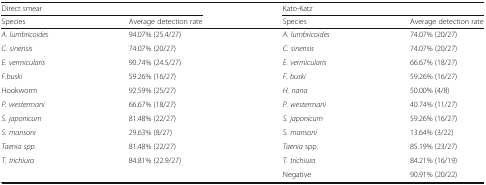
<table><thead><tr><td colspan="2"><b>Direct smear</b></td><td colspan="2"><b>Kato-Katz</b></td></tr><tr><td><b>Species</b></td><td><b>Average detection rate</b></td><td><b>Species</b></td><td><b>Average detection rate</b></td></tr></thead><tbody><tr><td><i>A. lumbricoides</i></td><td>94.07% (25.4/27)</td><td><i>A. lumbricoides</i></td><td>74.07% (20/27)</td></tr><tr><td><i>C. sinensis</i></td><td>74.07% (20/27)</td><td><i>C. sinensis</i></td><td>74.07% (20/27)</td></tr><tr><td><i>E. vermicularis</i></td><td>90.74% (24.5/27)</td><td><i>E. vermicularis</i></td><td>66.67% (18/27)</td></tr><tr><td><i>F.buski</i></td><td>59.26% (16/27)</td><td><i>F. buski</i></td><td>59.26% (16/27)</td></tr><tr><td>Hookworm</td><td>92.59% (25/27)</td><td><i>H. nana</i></td><td>50.00% (4/8)</td></tr><tr><td><i>P. westermani</i></td><td>66.67% (18/27)</td><td><i>P. westermani</i></td><td>40.74% (11/27)</td></tr><tr><td><i>S. japonicum</i></td><td>81.48% (22/27)</td><td><i>S. japonicum</i></td><td>59.26% (16/27)</td></tr><tr><td><i>S. mansoni</i></td><td>29.63% (8/27)</td><td><i>S. mansoni</i></td><td>13.64% (3/22)</td></tr><tr><td><i>Taenia spp.</i></td><td>81.48% (22/27)</td><td><i>Taenia</i> spp.</td><td>85.19% (23/27)</td></tr><tr><td><i>T. trichiura</i></td><td>84.81% (22.9/27)</td><td><i>T. trichiura</i></td><td>84.21% (16/19)</td></tr><tr><td></td><td></td><td>Negative</td><td>90.91% (20/22)</td></tr></tbody></table>